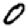
Digit: 0